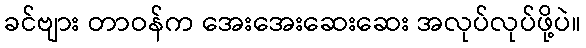
ခင်ဗျား တာဝန်က အေးအေးဆေးဆေး အလုပ်လုပ်ဖို့ပဲ။